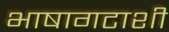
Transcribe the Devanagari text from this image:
भाषागटाशी